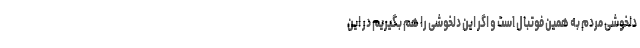
دلخوشی مردم به همین فوتبال است و اگر این دلخوشی را هم بگیریم در این